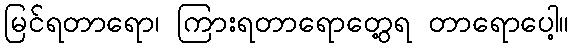
မြင်ရတာရော၊ ကြားရတာရောတွေ့ရ တာရောပေါ့။